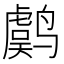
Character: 𱊫